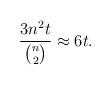
LaTeX: \begin{align*}\frac{3n^2 t}{\binom n2} \approx 6t.\end{align*}